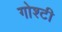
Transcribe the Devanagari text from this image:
गोश्टी